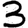
Digit: 3